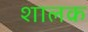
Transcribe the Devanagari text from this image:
शालक